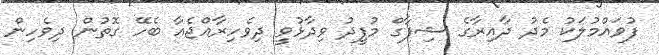
ފުވައްމުލަކު މެދު ދާއިރާގެ ޝިފާގް މުފީދު ވިދާޅުވީ ދިވެހިރާއްޖެއާ ބެހޭ ގޮތުން ދިވެހިން